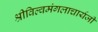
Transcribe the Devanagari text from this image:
श्रीविल्वमंगलाचार्यजी